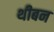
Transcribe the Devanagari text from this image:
थीबन